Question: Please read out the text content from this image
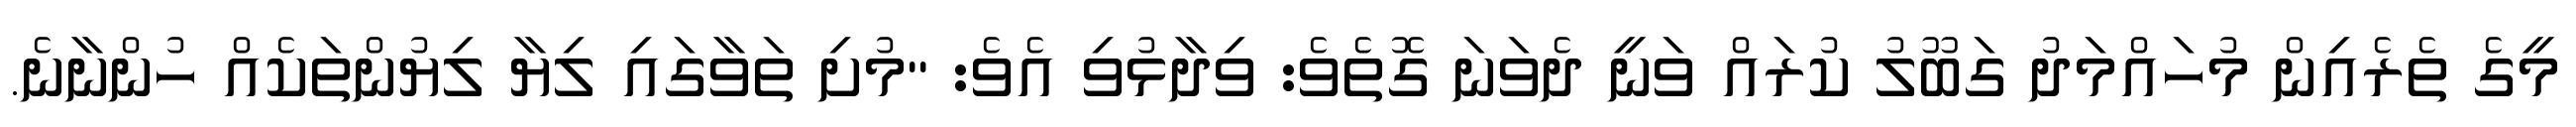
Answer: މީގެ ތެރެއިން މުހައްމަދު ގަބޫލު ކުރައް ވަނީ ދެވަނަ ގޮތެވެ: ވިދާޅުވި އެވެ: "މުށި ތަވާގައި ލިޔާ ލިޔުންތަކެއް ހުންނާނެ.